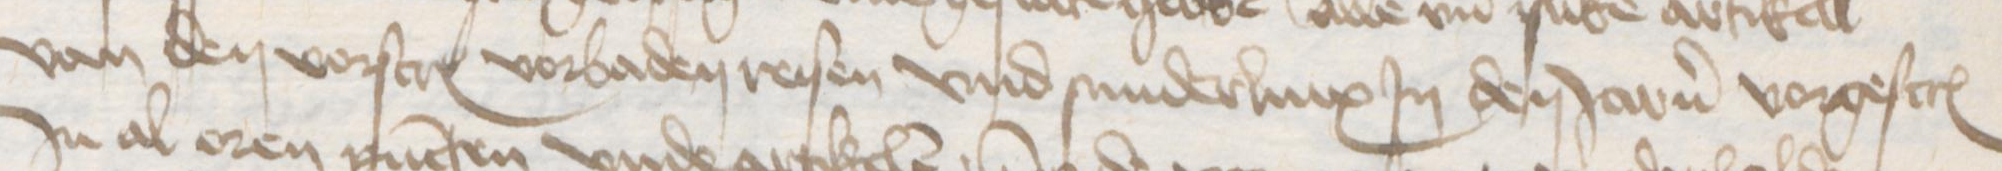
van den vorscreuen vorbaden reisen vnd sunderlinx Jn den Jaren vorgescreuen